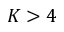
K > 4